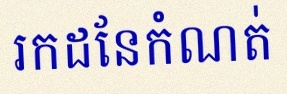
រកដែនកំណត់